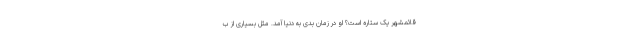
قائمشهر یک ستاره است؟ او در زمان بدی به دنیا آمد. مثل بسیاری از ب